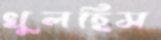
খুলছিস